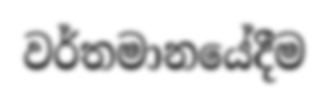
වර්තමානයේදීම